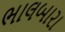
ભાલબારા